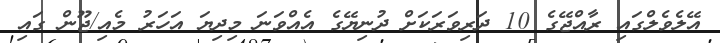
އޭލެވެލްގައި ރާއްޖޭގެ 10 ދަރިވަރަކަށް ދުނިޔޭގެ އެއްވަނަ މިދިޔަ އަހަރު މެއި/ޖޫން ގައި